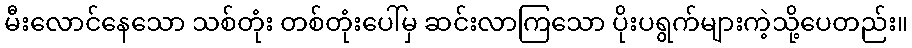
မီးလောင်နေသော သစ်တုံး တစ်တုံးပေါ်မှ ဆင်းလာကြသော ပိုးပရွက်များကဲ့သို့ပေတည်း။